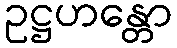
ဥဋ္ဌဟန္တော